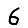
Digit: 6